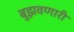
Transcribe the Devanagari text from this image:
बुझवणारी